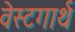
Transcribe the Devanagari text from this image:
वेस्टगार्थ